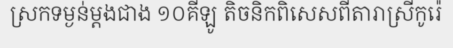
ស្រកទម្ងន់ម្តងជាង ១០គីឡូ តិចនិកពិសេសពីតារាស្រីកូរ៉េ